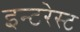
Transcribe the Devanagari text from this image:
इन्टरेस्ट